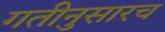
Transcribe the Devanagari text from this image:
गतीनुसारच